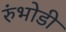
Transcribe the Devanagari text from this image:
रुंभोडी